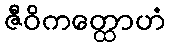
ဇီဝိကတ္ထောဟံ